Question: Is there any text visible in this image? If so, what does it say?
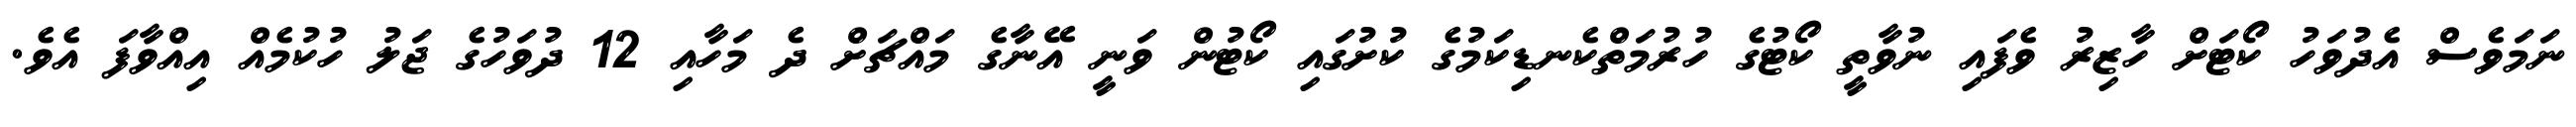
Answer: ނަމަވެސް އެދުވަހު ކޯޓަށް ހާޒިރު ވެފައި ނުވާތީ ކޯޓުގެ ހުރުމަތްކެނޑިކަމުގެ ކުށުގައި ކޯޓުން ވަނީ އޭނާގެ މައްޗަށް ދެ މަހާއި 12 ދުވަހުގެ ޖަލު ހުކުމެއް އިއްވާފަ އެވެ.